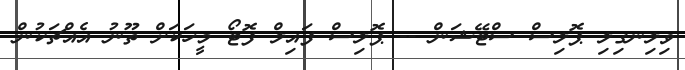
ވިލިނގިލި ޕޮލިސް ސްޓޭޝަން -- ޕޮލިސް ފައިލް ފޮޓޯ މީހަކަށް ތޫނު އެއްޗަކުން